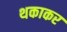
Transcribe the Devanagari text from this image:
थकाकर